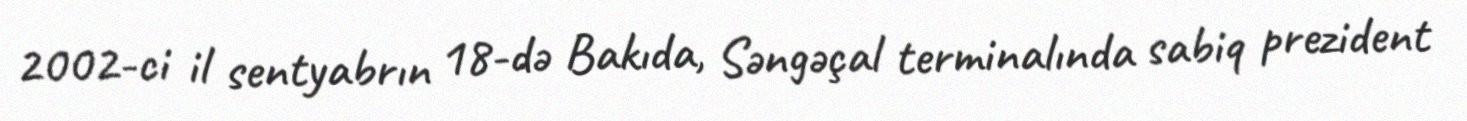
2002-ci il sentyabrın 18-də Bakıda, Səngəçal terminalında sabiq prezident